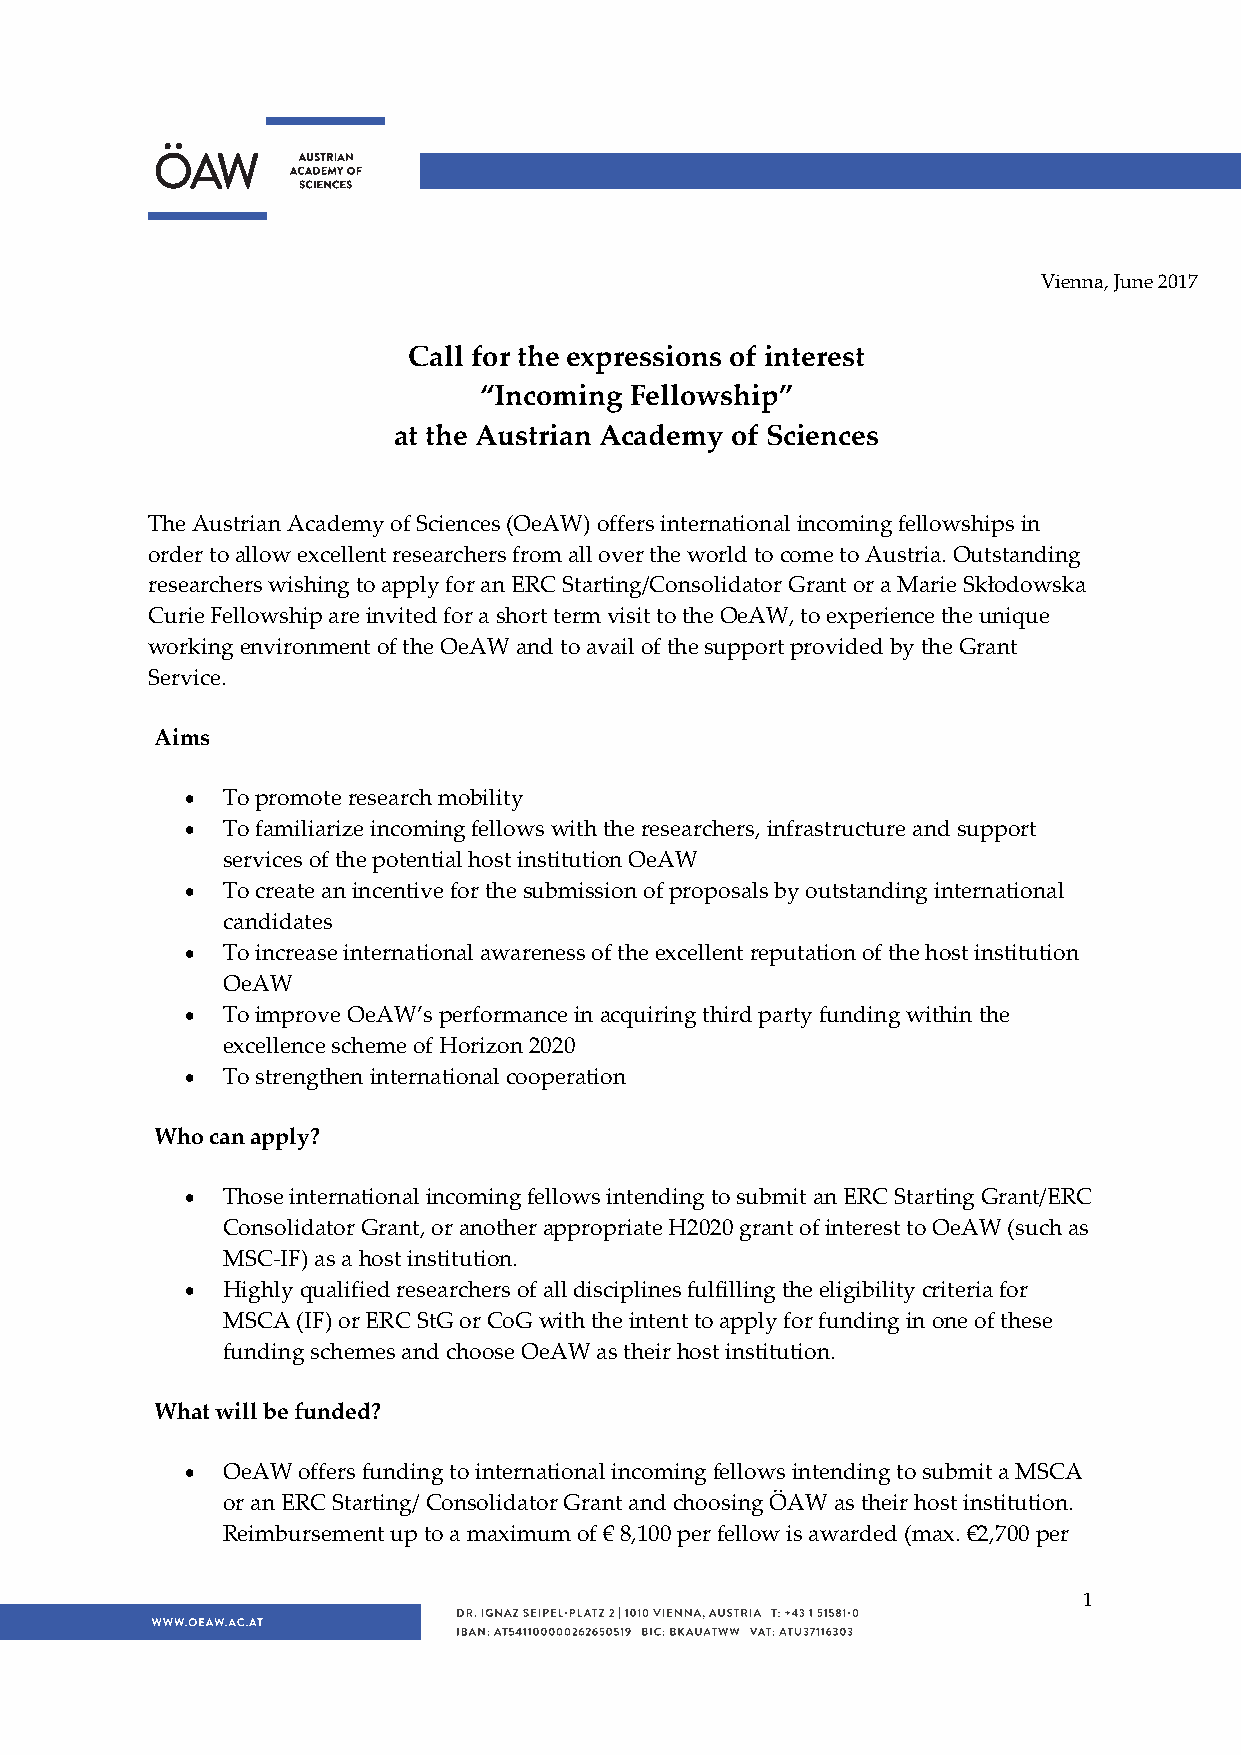
Vienna, June 2017
 Call for the expressions of interest
 “Incoming Fellowship”
 at the Austrian Academy of Sciences
 The Austrian Academy of Sciences (OeAW) offers international incoming fellowships in
 order to allow excellent researchers from all over the world to come to Austria. Outstanding
 researchers wishing to apply for an ERC Starting/Consolidator Grant or a Marie Skłodowska
 Curie Fellowship are invited for a short term visit to the OeAW, to experience the unique
 working environment of the OeAW and to avail of the support provided by the Grant
 Service.
 Aims
   To promote research mobility
   To familiarize incoming fellows with the researchers, infrastructure and support
 services of the potential host institution OeAW
   To create an incentive for the submission of proposals by outstanding international
 candidates
   To increase international awareness of the excellent reputation of the host institution
 OeAW
   To improve OeAW’s performance in acquiring third party funding within the
 excellence scheme of Horizon 2020
   To strengthen international cooperation
 Who can apply?
   Those international incoming fellows intending to submit an ERC Starting Grant/ERC
 Consolidator Grant, or another appropriate H2020 grant of interest to OeAW (such as
 MSC‐IF) as a host institution.
   Highly qualified researchers of all disciplines fulfilling the eligibility criteria for
 MSCA (IF) or ERC StG or CoG with the intent to apply for funding in one of these
 funding schemes and choose OeAW as their host institution.
 What will be funded?
   OeAW offers funding to international incoming fellows intending to submit a MSCA
 or an ERC Starting/ Consolidator Grant and choosing ÖAW as their host institution.
 Reimbursement up to a maximum of € 8,100 per fellow is awarded (max. €2,700 per
 1